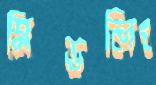
মিডলিং